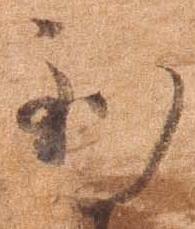
到